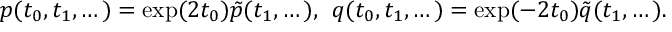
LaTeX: p ( t _ { 0 } , t _ { 1 } , \dots ) = \exp ( 2 t _ { 0 } ) \tilde { p } ( t _ { 1 } , \dots ) , \; \, q ( t _ { 0 } , t _ { 1 } , \dots ) = \exp ( - 2 t _ { 0 } ) \tilde { q } ( t _ { 1 } , \dots ) .